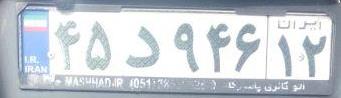
۴۵د۹۴۶۱۲